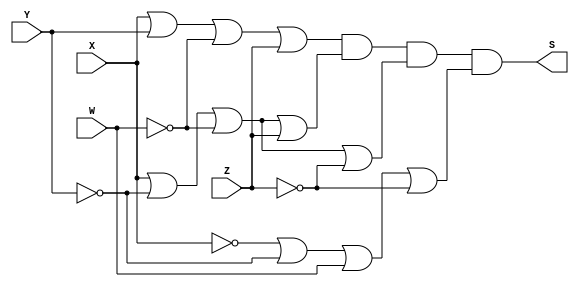
/*
 Guia_0604a.v - v0.0. - 28 / 08 / 2022
 Autor    : Gabriel Vargas Bento de Souza
 Matricula: 778023
 */

/* 
 Produto das somas
                  ____
F(X, Y, W, Z) =   | |  M (2,6,7,13)
*/

/**
 PoS (2,6,7,13)
 */
module PoS (output S,
            input  X, Y, W, Z);
   assign S = ( X |  Y | ~W |  Z)   // 2 
            & ( X | ~Y | ~W |  Z)   // 6
            & ( X | ~Y | ~W | ~Z)   // 7
            & (~X | ~Y |  W | ~Z);  // 13
endmodule // PoS 

/**
 PoS(2,6,7,13)_Simplificado = X +W'+Z . X +W'+Y' . X'+Y'+W +Z'
 */
module PoS_simple (output S,
                   input  X, Y, W, Z);
   assign S = ( X | ~W |  Z)
            & ( X | ~W | ~Y)
            & (~X | ~Y |  W | ~Z);
endmodule // PoS_simple

/**
  Guia_0604a.v
 */
module Guia_0604a;
   reg  X, Y, W, Z;
   wire S1, S2;
   
   // instancias
   PoS        POS1 (S1, X, Y, W, Z);
   PoS_simple POS2 (S2, X, Y, W, Z);
   
   // valores iniciais
   initial begin: start
      X=1'bx; Y=1'bx; W=1'bx; Z=1'bx;
   end

   // parte principal
   initial begin: main
       $display("Gabriel Vargas Bento de Souza - 778023");
       $display("Guia_06");
       $display("\n04.a) PoS (2,6,7,13)\n");

       // monitoramento
       $display(" X  Y  W  Z  S1  S2");
       $monitor("%2b %2b %2b %2b %2b %3b", X,  Y,  W,  Z,  S1, S2);

       // sinalizacao
          X=0; Y=0; W=0; Z=0;
       #1                Z=1;
       #1           W=1; Z=0;
       #1                Z=1;
       #1      Y=1; W=0; Z=0;
       #1                Z=1;
       #1           W=1; Z=0;
       #1                Z=1;
       #1 X=1; Y=0; W=0; Z=0;
       #1                Z=1;
       #1           W=1; Z=0;
       #1                Z=1;
       #1      Y=1; W=0; Z=0;
       #1                Z=1;
       #1           W=1; Z=0;
       #1                Z=1;
   end
endmodule // Guia_0604a

/*
C:\Users\Gabriel\Desktop\CC-PUC\2Periodo\ARQ1\Tarefas\Guia06>vvp Guia_0604a.vvp
Gabriel Vargas Bento de Souza - 778023
Guia_06

04.a) PoS (2,6,7,13)

 X  Y  W  Z  S1  S2
 0  0  0  0  1   1
 0  0  0  1  1   1
 0  0  1  0  0   0
 0  0  1  1  1   1
 0  1  0  0  1   1
 0  1  0  1  1   1
 0  1  1  0  0   0
 0  1  1  1  0   0
 1  0  0  0  1   1
 1  0  0  1  1   1
 1  0  1  0  1   1
 1  0  1  1  1   1
 1  1  0  0  1   1
 1  1  0  1  0   0
 1  1  1  0  1   1
 1  1  1  1  1   1

*/